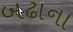
બઢાના